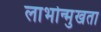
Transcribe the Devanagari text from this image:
लाभोन्मुखता